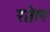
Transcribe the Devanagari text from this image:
राोल